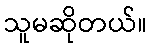
သူမဆိုတယ်။